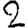
Digit: 2